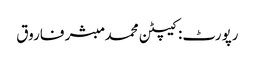
رپورٹ: کیپٹن محمد مبشر فاروق